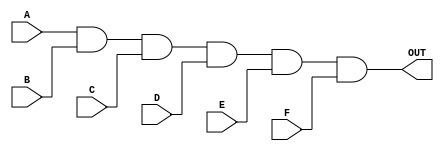
module and_6bit(input A, input B, input C , input D, input E, input F, output OUT);

wire w_a1,w_a2,w_a3,w_a4;

and AND1(w_a1,A,B);
and AND2(w_a2,w_a1,C);
and AND3(w_a3,w_a2,D);
and AND4(w_a4,w_a3,E);
and AND5(OUT,w_a4,F);

endmodule